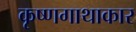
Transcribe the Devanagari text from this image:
कृष्णगाथाकार